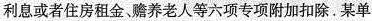
利息或者住房租金、赡养老人等六项专项附加扣除.某单